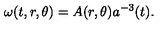
\omega ( t , r , \theta ) = A ( r , \theta ) a ^ { - 3 } ( t ) .